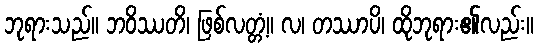
ဘုရားသည်။ ဘဝိဿတိ၊ ဖြစ်လတ္တံ့။ လ၊ တဿာပိ၊ ထိုဘုရား၏လည်း။